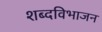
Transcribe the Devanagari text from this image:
शब्दविभाजन